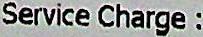
SERVICE CHARGE :